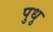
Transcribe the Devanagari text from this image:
पुधु